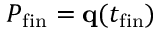
P _ { \mathrm { f i n } } = \mathbf { q } ( t _ { \mathrm { f i n } } )